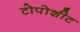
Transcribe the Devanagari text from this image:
टोपोशीट